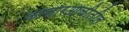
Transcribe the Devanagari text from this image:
कासारआळीतील